Indian Medical Review
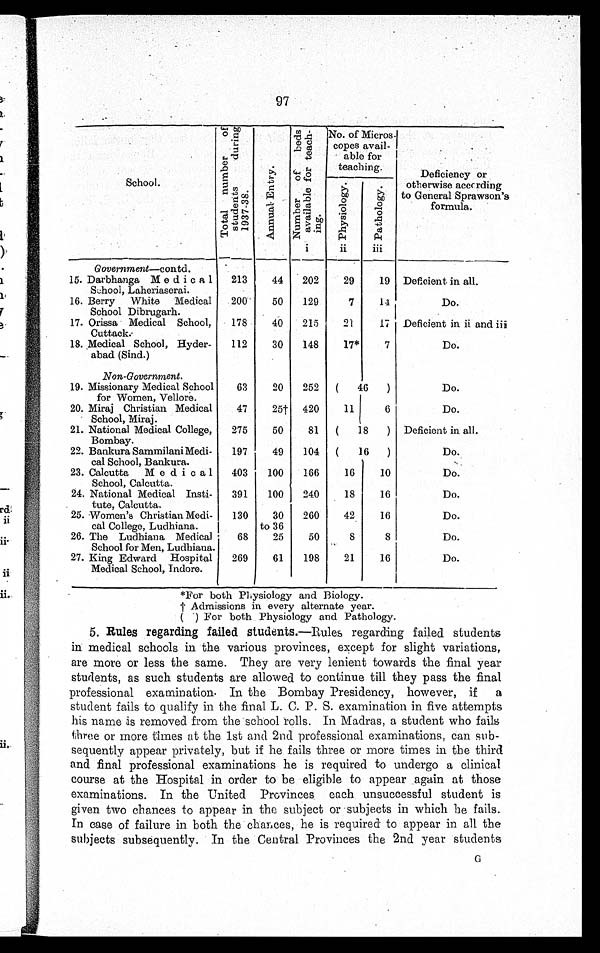
97
School.
T o t a l n u m b e r o f s t u d e n t s d u r i n g 1 9 3 7 - 3 8 .
A n n u a l E n t r y .
N u m b e r o f b e d s a v a i l a b l e f o r t e a c h - i n g . i
No. of Micros-
copes avail-
able for
teaching.
Deficiency or
otherwise according
to General Sprawson's
formula.
P h y s i o l o g y . i i P a t h o l o g y . i i i
Government—contd.
15. Darbhanga Medica1
School, Laheriaserai.
213
44 202
29
19 Deficient in all.
16. Berry White Medical
School Dibrugarh.
200
50 129
7
14
Do.
17. Orissa Medical School,
Cuttack.
178
40 215
21
17 Deficient in ii and iii
18. Medical School, Ryder-
abad (Sind.)
112
30 148
17*
7
Do.
Non-Government.
19. Missionary Medical School
for Women, Vellore.
63
20 252 ( 46 )
Do.
20. Miraj Christian Medical
School, Miraj.
47
25† 420
11
6
Do.
21. National Medical College,
Bombay.
275
50
81 ( 18 ) Deficient in all.
22. Bankura Sammilani Medi-
cal School, Bankura.
197
49 104 ( 16 )
Do.
23. Calcutta Medica1
School, Calcutta.
403 100 166
16
10
Do.
24. National Medical Insti-
tute, Calcutta.
391 100 240
18
16
Do.
25. Women's Christian Medi-
cal College, Ludhiana.
130
30
to 36
260
42
16
Do.
26. The Ludhiana Medical
School for Men, Ludhiana.
68
25
50
8
8
Do.
27. King Edward Hospital
Medical School, Indore.
269
61 198
21
16
Do.
*For both Physiology and Biology.
† A d m i s s i o n s i n e v e r y a l t e r n a t e y e a r .
( ) For both Physiology and Pathology.
5. Rules regarding failed students.—Rules regarding failed students
in medical schools in the various provinces, except for slight variations,
are more or less the same. They are very lenient towards the final year
students, as such students are allowed to continue till they pass the final
professional examination. In the Bombay Presidency, however, if a
student fails to qualify in the final L. C. P. S. examination in five attempts
his name is removed from the school rolls. In Madras, a student who fails
three or more times at the 1st and 2nd professional examinations, can sub--
sequently appear privately, but if he fails three or more times in the third
and final professional examinations he is required to undergo a clinical
course at the Hospital in order to be eligible to appear again at those
examinations. In the United Provinces each unsuccessful student is
given two chances to appear in the subject or subjects in which he fails.
In case of failure in both the chances, he is required to appear in all the
subjects subsequently. In the Central Provinces the 2nd year students G